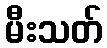
မီးသတ်